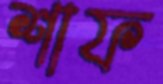
শাফ